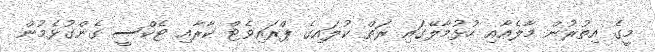
މީގެ އިތުރުން މާލެއާއި ހުޅުމާލޭގައި ރަތް ކުލައިގެ ޕްރައިވެޓް ކާރާއި ޓެކްސީ ގެންގުޅެމުން